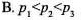
B. $$p _ { 1 } < p _ { 2 } < p _ { 3 }$$